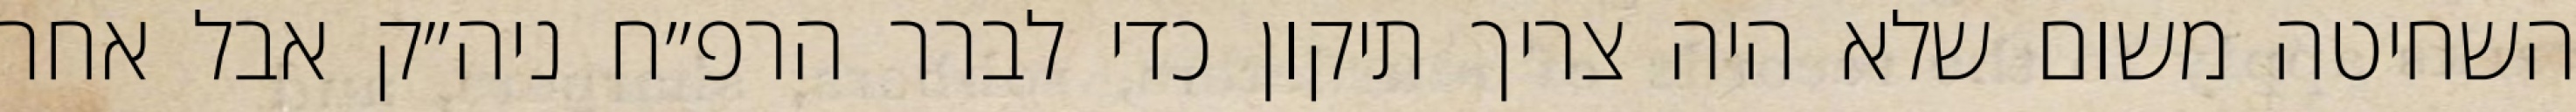
השחיטה משום שלא היה צריך תיקון כדי לברר הרפ״ח ניה״ק אבל אחר